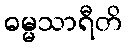
ဓမ္မသာရီတိ